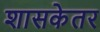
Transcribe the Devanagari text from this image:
शासकेतर